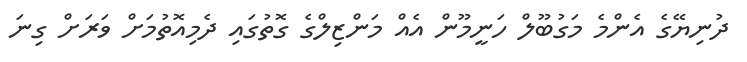
ދުނިޔޭގެ އެންމެ މަގުބޫލް ހަނީމޫން އެއް މަންޒިލްގެ ގޮތުގައި ދެމިއޮތުމަށް ވަރަށް ގިނަ